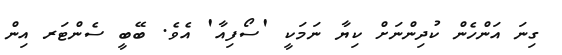
ގިނަ އަންހެން ކުދިންނަށް ކިޔާ ނަމަކީ 'ސޯފިއާ' އެވެ. ބޭބީ ސެންޓަރ އިން